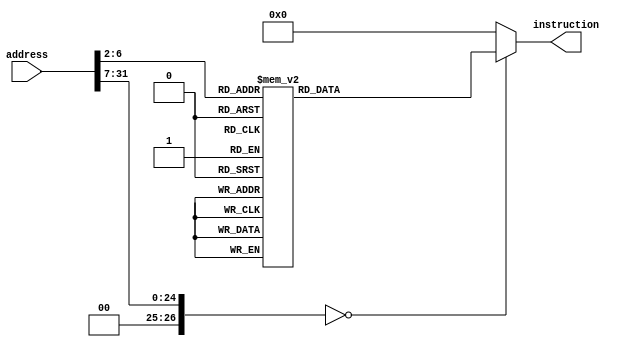
`ifndef MODULE_INSTRUCTIONMEMORY
`define MODULE_INSTRUCTIONMEMORY
`timescale 1ns / 1ps
//////////////////////////////////////////////////////////////////////////////////
// Company: 
// Engineer: 
// 
// Design Name: 
// Module Name: instructionMemory
// Project Name: 
// Target Devices: 
// Tool Versions: 
// Description: 
// 
// Dependencies: 
// 
// Revision:
// Revision 0.01 - File Created
// Additional Comments:
// 
//////////////////////////////////////////////////////////////////////////////////


module instructionMemory(address, instruction);
	input [31:0] address;  //instruction addrress
	output reg [31:0] instruction; //get instruction's machine code

//store instruction and pick out by programs	
	always @(*)
		case (address>>2)
  'd0:  instruction = 32'b00100000000010000000000000100000; //addi $t0, $zero, 0x20
  'd1:    instruction = 32'b00100000000010010000000000110111; //addi $t1, $zero, 0x37
  'd2:    instruction = 32'b00000001000010011000000000100100; //and $s0, $t0, $t1
   'd3:   instruction = 32'b00000001000010011000000000100101; //or $s0, $t0, $t1
   'd4:  instruction = 32'b10101100000100000000000000000100; //sw $s0, 4($zero)
    'd5:  instruction = 32'b10101100000010000000000000001000; //sw $t0, 8($zero)
    'd6:  instruction = 32'b00000001000010011000100000100000; //add $s1, $t0, $t1
    'd7: instruction = 32'b00000001000010011001000000100010; //sub $s2, $t0, $t1
    'd8:  instruction= 32'b00010010001100100000000000001001; //beq $s1, $s2, error0
     'd9: instruction = 32'b10001100000100010000000000000100; //lw $s1, 4($zero)
    'd10:  instruction = 32'b00110010001100100000000001001000; //andi $s2, $s1, 0x48
    'd11:  instruction = 32'b00010010001100100000000000001001; //beq $s1, $s2, error1
    'd12:  instruction = 32'b10001100000100110000000000001000; //lw $s3, 8($zero)
    'd13:  instruction= 32'b00010010000100110000000000001010; //beq $s0, $s3, error2
     'd14: instruction = 32'b00000010010100011010000000101010; //slt $s4, $s2, $s1 (Last)
    'd15: instruction = 32'b00010010100000000000000000001111; //beq $s4, $0, EXIT
    'd16:  instruction = 32'b00000010001000001001000000100000; //add $s2, $s1, $0
     'd17: instruction =32'b00001000000000000000000000001110; //j Last
    'd18: instruction =32'b00100000000010000000000000000000; //addi $t0, $0, 0(error0)
    'd19:  instruction = 32'b00100000000010010000000000000000; //addi $t1, $0, 0
     'd20: instruction = 32'b00001000000000000000000000011111; //j EXIT
     'd21: instruction = 32'b00100000000010000000000000000001; //addi $t0, $0, 1(error1)
    'd22:  instruction =32'b00100000000010010000000000000001; //addi $t1, $0, 1
    'd23: instruction =32'b00001000000000000000000000011111; //j EXIT
     'd24: instruction = 32'b00100000000010000000000000000010; //addi $t0, $0, 2(error2)
    'd25:  instruction = 32'b00100000000010010000000000000010; //addi $t1, $0, 2
     'd26: instruction = 32'b00001000000000000000000000011111; //j EXIT
     'd27: instruction =32'b00100000000010000000000000000011; //addi $t0, $0, 3(error3)
    'd28:  instruction =32'b00100000000010010000000000000011; //addi $t1, $0, 3
     'd29: instruction =32'b00001000000000000000000000011111; //j EXIT
			default: instruction <= 32'h00000000;
		endcase
		
endmodule

`endif